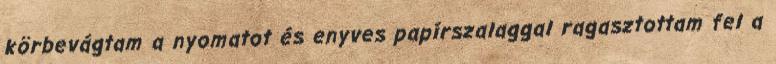
körbevágtam a nyomatot és enyves papírszalaggal ragasztottam fel a